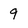
Character: 9